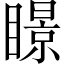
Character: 𥋓